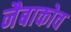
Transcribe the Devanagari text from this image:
नैबाकोव